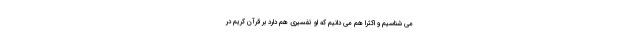
می شناسیم و اکثراً هم می دانیم که او تفسیری هم دارد بر قرآن کریم در